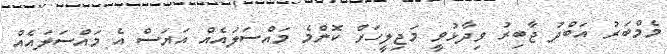
މެމްބަރު އަބްދު ޖާބިރު ވިދާޅުވީ މަޖިލީހަށް ކޮންމެ މައްސަލައެއް އަޔަސް އެ މައްސަލައެއް